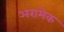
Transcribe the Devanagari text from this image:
अरामेक